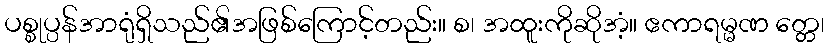
ပစ္စုပ္ပန်အာရုံရှိသည်၏အဖြစ်ကြောင့်တည်း။ စ၊ အထူးကိုဆိုအံ့။ ဧကာရမ္မဏ တ္တေ၊